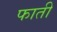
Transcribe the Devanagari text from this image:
फाती